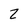
Character: 2